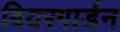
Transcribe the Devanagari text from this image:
बियरगार्डन